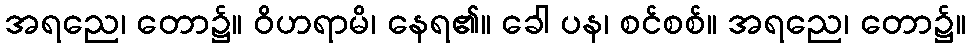
အရညေ၊ တော၌။ ဝိဟရာမိ၊ နေရ၏။ ခေါ ပန၊ စင်စစ်။ အရညေ၊ တော၌။